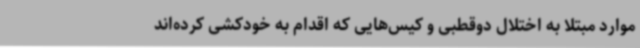
موارد مبتلا به اختلال دوقطبی و کیس‌هایی که اقدام به خودکشی کرده‌اند